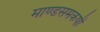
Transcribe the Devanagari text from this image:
माण्डसमकर्षी